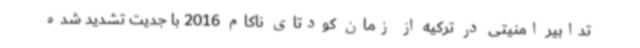
تدابیر امنیتی در ترکیه از زمان کودتای ناکام 2016 با جدیت تشدید شده